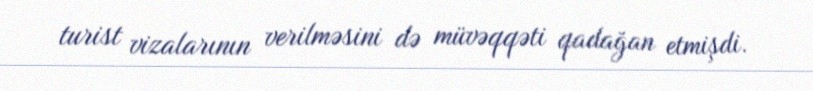
turist vizalarının verilməsini də müvəqqəti qadağan etmişdi.